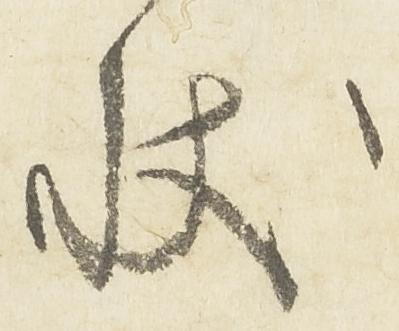
状